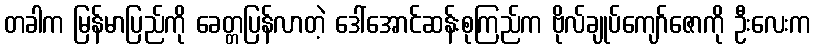
တခါက မြန်မာပြည်ကို ခေတ္တပြန်လာတဲ့ ဒေါ်အောင်ဆန်းစုကြည်က ဗိုလ်ချုပ်ကျော်ဇောကို ဦးလေးက